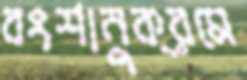
বংশানুক্রমে